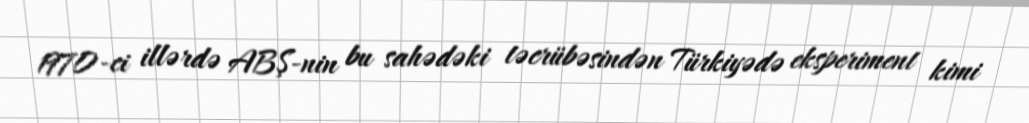
1970-ci illərdə ABŞ-nin bu sahədəki təcrübəsindən Türkiyədə eksperiment kimi